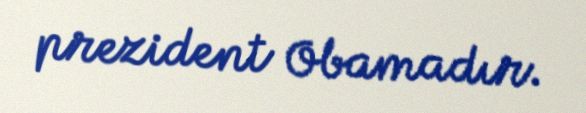
prezident Obamadır.